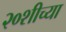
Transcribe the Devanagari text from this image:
२०शीच्या